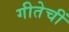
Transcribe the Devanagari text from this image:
गीतेचीं